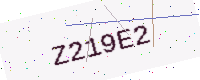
Text: Z219E2